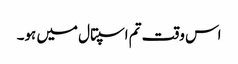
اس وقت تم اسپتال میں ہو۔